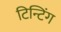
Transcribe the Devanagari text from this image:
टिन्टिंग